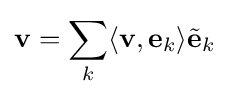
\mathbf {v} =\sum _{k}\langle \mathbf {v} ,\mathbf {e} _{k}\rangle {\tilde {\mathbf {e} }}_{k}